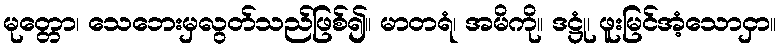
မုတ္တော၊ သေဘေးမှလွတ်သည်ဖြစ်၍။ မာတရံ၊ အမိကို။ ဒဋ္ဌုံ၊ ဖူးမြင်အံ့သောငှာ။